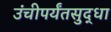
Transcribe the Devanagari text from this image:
उंचीपर्यंतसुद्धा